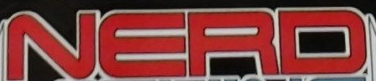
NERD